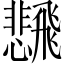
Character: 𲋒